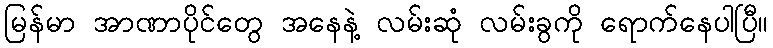
မြန်မာ အာဏာပိုင်တွေ အနေနဲ့ လမ်းဆုံ လမ်းခွကို ရောက်နေပါပြီ။